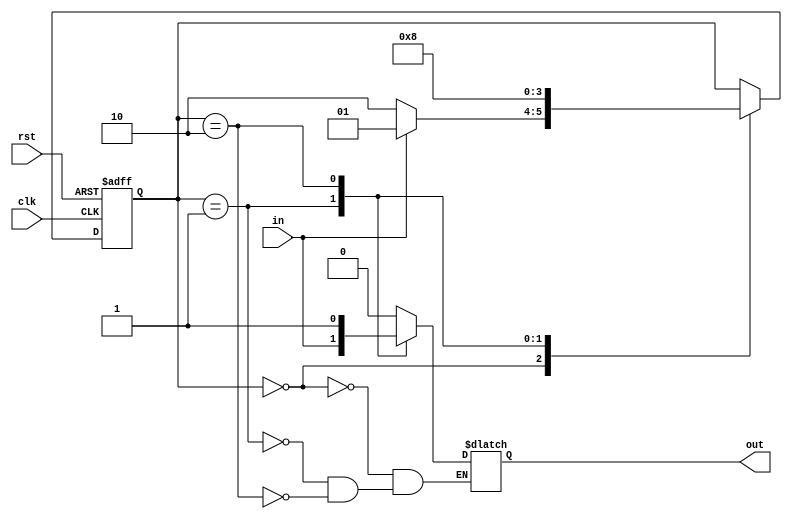
module fsm(
  input clk, //clock signal
  input rst, //reset signal
  input in, //input signal

  output reg out //output signal
);

//states
parameter STATE_A = 2'b00;
parameter STATE_B = 2'b01;
parameter STATE_C = 2'b10;

//state register
reg [1:0] state;

always @(posedge clk or posedge rst) begin
  if (rst) begin
    state <= STATE_A;
  end else begin
    case(state)
      STATE_A: begin
        if (in) begin
          state <= STATE_B;
        end else begin
          state <= STATE_C;
        end
      end
      STATE_B: begin
        state <= STATE_C;
      end
      STATE_C: begin
        state <= STATE_A;
      end
    endcase
  end
end

//outputs
always @(state, in) begin
  case(state)
    STATE_A: begin
      out <= 1'b0;
    end
    STATE_B: begin
      out <= in;
    end
    STATE_C: begin
      out <= 1'b1;
    end
  endcase
end

endmodule